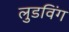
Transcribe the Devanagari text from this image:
लुडविंग